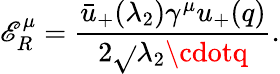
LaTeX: \mathscr{E}_{R}^{\mu}={\frac{{\bar{{u}}_{+}(\lambda_{2})\gamma^{\mu}u_{+}(q)}}{{2\sqrt{}{{\lambda_{2}\cdotq}}}}}.